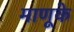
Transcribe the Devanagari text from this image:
माणूके